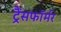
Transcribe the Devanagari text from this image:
ट्रैंसफॉर्मर